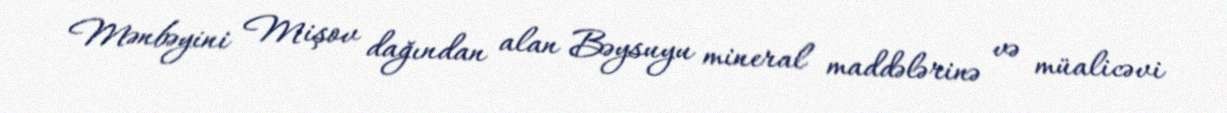
Mənbəyini Mişov dağından alan Bəysuyu mineral maddələrinə və müalicəvi